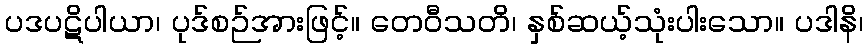
ပဒပဋိပါယာ၊ ပုဒ်စဉ်အားဖြင့်။ တေဝီသတိ၊ နှစ်ဆယ့်သုံးပါးသော။ ပဒါနိ၊